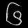
Digit: ၆